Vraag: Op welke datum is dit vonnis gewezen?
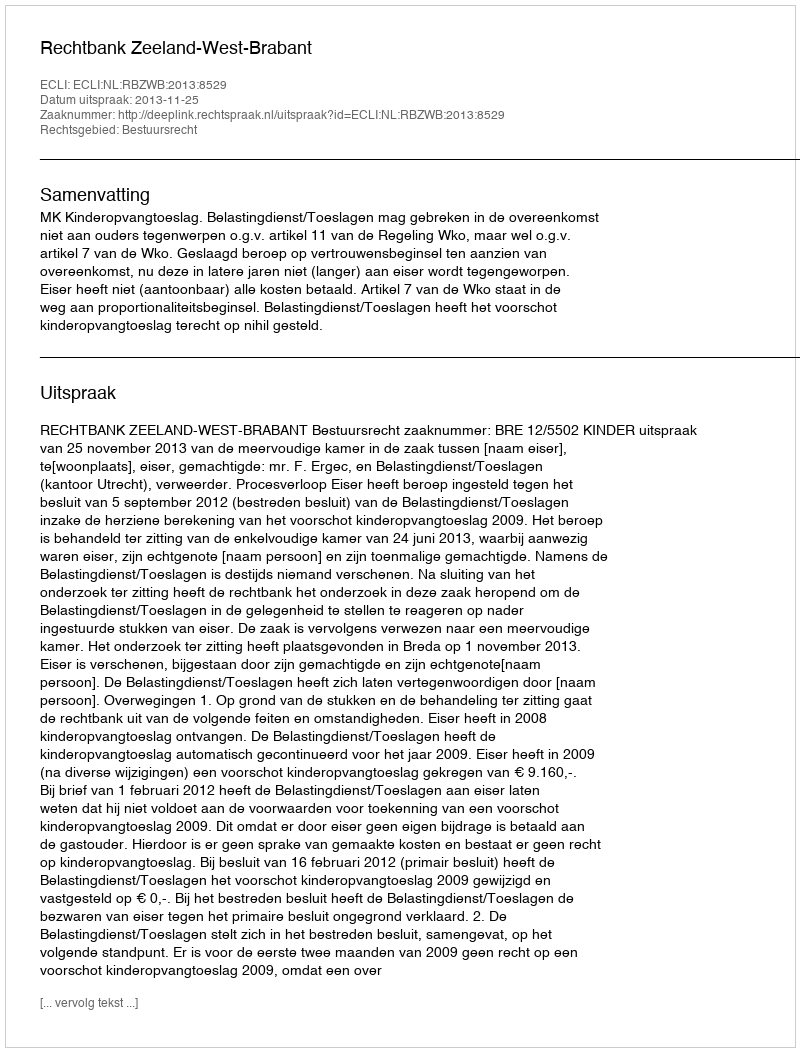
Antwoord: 2013-11-25